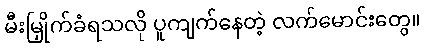
မီးမြှိုက်ခံရသလို ပူကျက်နေတဲ့ လက်မောင်းတွေ။